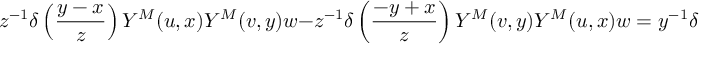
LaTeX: z ^ { - 1 } \delta \left( { \frac { y - x } { z } } \right) Y ^ { M } ( u , x ) Y ^ { M } ( v , y ) w - z ^ { - 1 } \delta \left( { \frac { - y + x } { z } } \right) Y ^ { M } ( v , y ) Y ^ { M } ( u , x ) w = y ^ { - 1 } \delta \left( { \frac { x + z } { y } } \right) Y ^ { M } ( Y ( u , z ) v , y ) w .